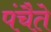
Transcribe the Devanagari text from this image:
पंचैते